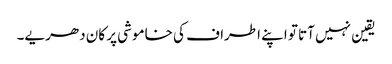
یقین نہیں آتا تو اپنے اطراف کی خاموشی پر کان دھریے۔